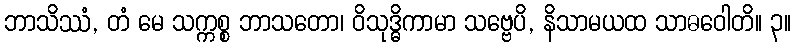
ဘာသိဿံ, တံ မေ သက္ကစ္စ ဘာသတော၊ ဝိသုဒ္ဓိကာမာ သဗ္ဗေပိ, နိသာမယထ သာဓဝေါတိ။ ၃။